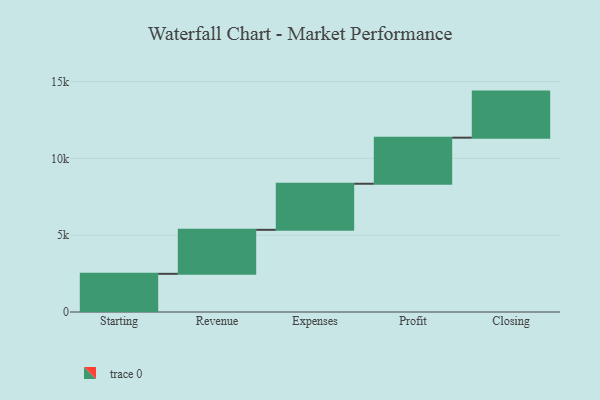
{"axis": {"x": "Step", "y": "Value"}, "legend": [""], "data": [{"x": "Starting", "y": 2486.0, "type": ""}, {"x": "Revenue", "y": 2865.0, "type": ""}, {"x": "Expenses", "y": 3000, "type": ""}, {"x": "Profit", "y": 3000, "type": ""}, {"x": "Closing", "y": 3000, "type": ""}]}